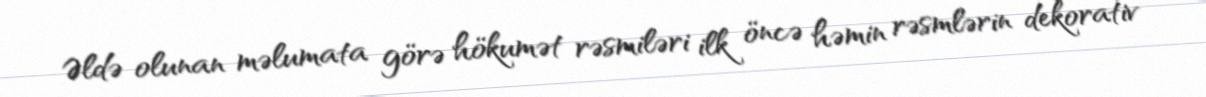
Əldə olunan məlumata görə hökumət rəsmiləri ilk öncə həmin rəsmlərin dekorativ